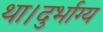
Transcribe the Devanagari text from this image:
था।दुर्भाग्य